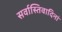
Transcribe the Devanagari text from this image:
सर्वास्तिवादिनां